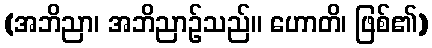
(အဘိညာ၊ အဘိညာဉ်သည်။ ဟောတိ၊ ဖြစ်၏)